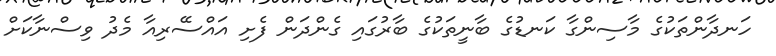
ހަނދާންތަކުގެ މާސިންގާ ކަނޑުގެ ބާނީތަކުގެ ބާރުގައި ގެންދަން ފެށި އައްސޭރިއާ މެދު ވިސްނާކަށް